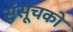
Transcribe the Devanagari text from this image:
संसूचको